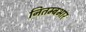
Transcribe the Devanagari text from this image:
नितम्बभार